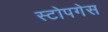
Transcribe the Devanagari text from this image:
स्टोपगेस